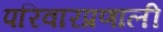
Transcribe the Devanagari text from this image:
परिवारप्रणाली